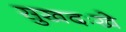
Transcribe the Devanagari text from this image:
सुखदःखे